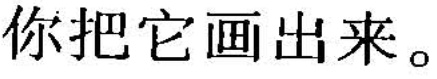
你把它画出来。